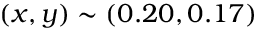
( x , y ) \sim ( 0 . 2 0 , 0 . 1 7 )